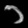
Digit: ၁